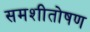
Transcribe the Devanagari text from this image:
समशीतोषण